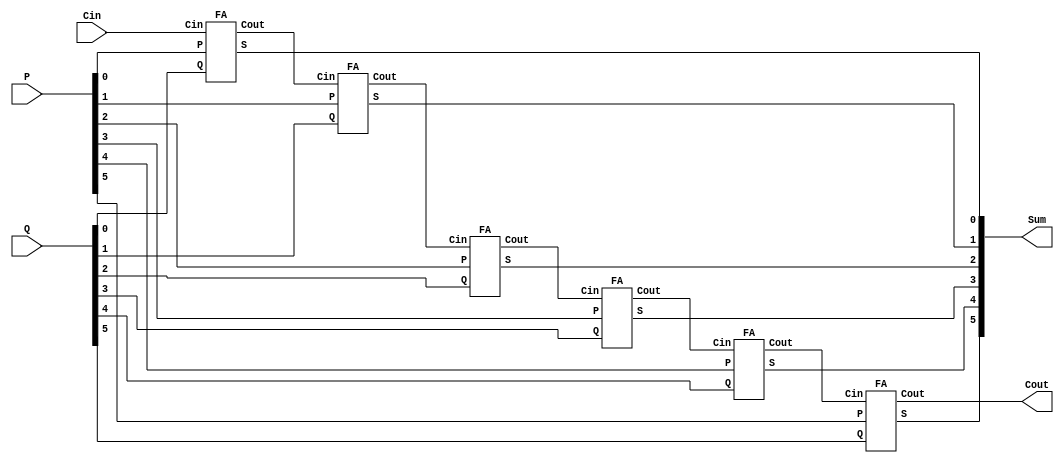
module RCA #(parameter N=6) (output Cout ,output [N-1:0] Sum ,input [N-1:0]
P,Q, input Cin) ;
 wire [N:0] C ;
 assign C[0] = Cin ;
 genvar i ;
 generate for (i=0;i<N;i=i+1)
 begin : RCA_loop
 FA F(Sum[i],C[i+1],P[i],Q[i],C[i]);
 end
 endgenerate
 assign Cout = C[N] ;
endmodule
module FA(S,Cout,P,Q,Cin) ;
 input P,Q,Cin ;
 output S , Cout ;
 assign S = P^Q^Cin ;
 assign Cout = (P&Q)+(Q&Cin)+(Cin&P) ;
endmodule